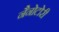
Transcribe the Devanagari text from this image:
नैनोटोरी